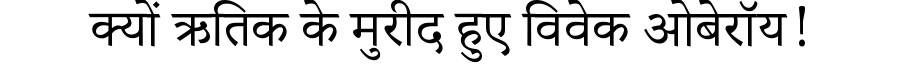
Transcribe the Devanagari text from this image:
क्यों ऋतिक के मुरीद हुए विवेक ओबेरॉय!